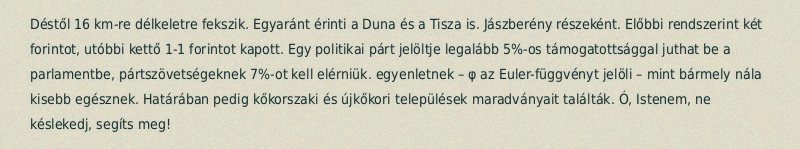
Déstől 16 km-re délkeletre fekszik. Egyaránt érinti a Duna és a Tisza is. Jászberény részeként. Előbbi rendszerint két forintot, utóbbi kettő 1-1 forintot kapott. Egy politikai párt jelöltje legalább 5%-os támogatottsággal juthat be a parlamentbe, pártszövetségeknek 7%-ot kell elérniük. egyenletnek – φ az Euler-függvényt jelöli – mint bármely nála kisebb egésznek. Határában pedig kőkorszaki és újkőkori települések maradványait találták. Ó, Istenem, ne késlekedj, segíts meg!